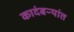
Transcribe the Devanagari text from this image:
कादंबऱ्यांत